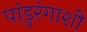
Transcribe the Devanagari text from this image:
पांडुरंगाशी